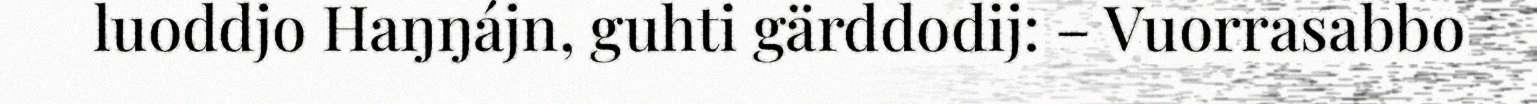
luoddjo Haŋŋájn, guhti gärddodij: – Vuorrasabbo